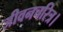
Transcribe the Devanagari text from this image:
जीवनचरित्र।